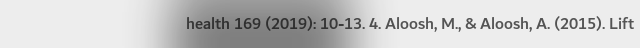
health 169 (2019): 10-13. 4. Aloosh, M., & Aloosh, A. (2015). Lift